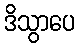
ဒိသွာပေ